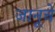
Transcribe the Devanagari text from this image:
जानूचे